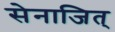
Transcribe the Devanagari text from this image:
सेनाजित्